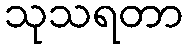
သုသရတာ